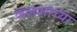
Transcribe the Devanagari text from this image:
कलशाच्या